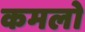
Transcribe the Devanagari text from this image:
कमलो